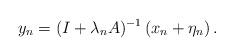
LaTeX: \begin{align*}y_n=(I+\lambda_nA)^{-1}\left(x_n+\eta_n\right).\end{align*}